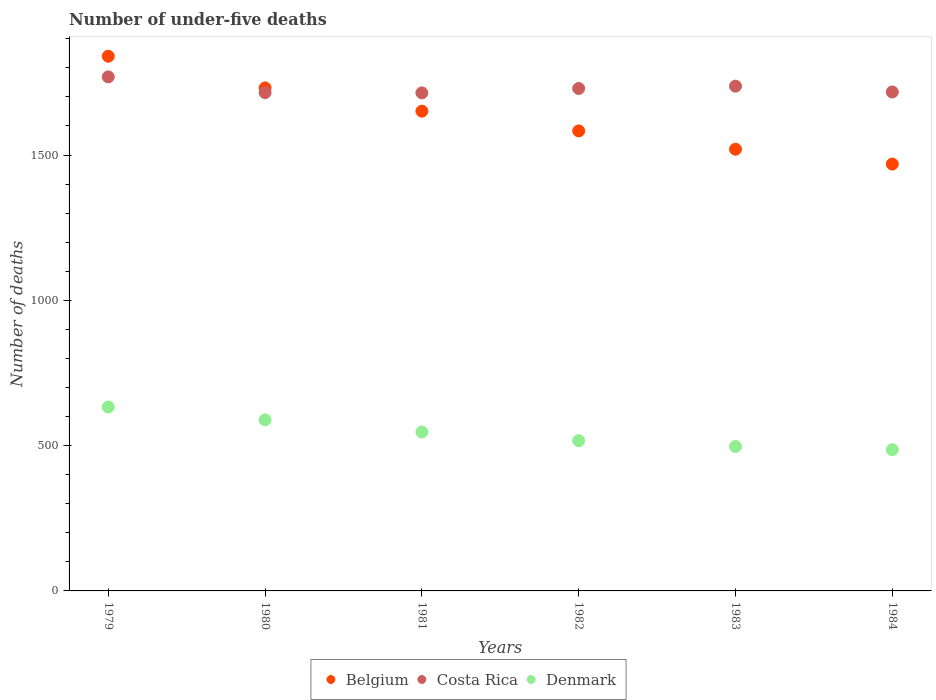
| Years | Belgium | Costa Rica | Denmark |
 | --- | --- | --- | --- |
 | 1979 | 1.84e+03 | 1.77e+03 | 633 |
 | 1980 | 1.73e+03 | 1.72e+03 | 589 |
 | 1981 | 1.65e+03 | 1.71e+03 | 547 |
 | 1982 | 1.58e+03 | 1.73e+03 | 517 |
 | 1983 | 1.52e+03 | 1.74e+03 | 497 |
 | 1984 | 1.47e+03 | 1.72e+03 | 486 |